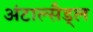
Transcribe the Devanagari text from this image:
अंटाल्सैड्ल